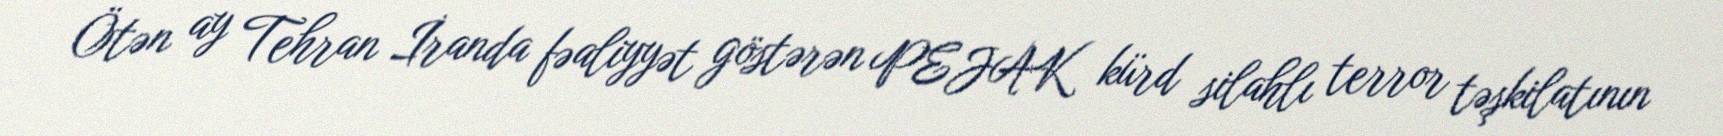
Ötən ay Tehran İranda fəaliyyət göstərən PEJAK kürd silahlı terror təşkilatının